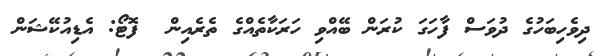
ދިވެހިބަހުގެ ދުވަސް ފާހަގަ ކުރަން ބޭއްވި ހަރަކާތެއްގެ ތެރެއިން  ފޮޓޯ: އެޑިއުކޭޝަން